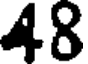
48